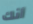
أنك